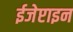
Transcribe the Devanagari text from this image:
ईजेप्टाइन